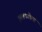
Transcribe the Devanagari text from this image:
झलकलेला